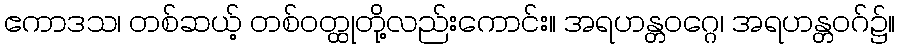
ဧကာဒသ၊ တစ်ဆယ့် တစ်ဝတ္ထုတို့လည်းကောင်း။ အရဟန္တဝဂ္ဂေ၊ အရဟန္တဝဂ်၌။